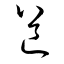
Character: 道